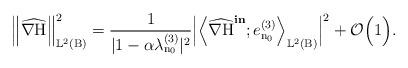
LaTeX: \begin{align*}\Big\Vert \widehat{\nabla\mathrm{H}}\Big\Vert^2_{\mathbb{L}^2(\mathrm{B})} = \dfrac{1}{ |1 - \alpha\lambda^{(3)}_{\mathrm{n}_{0}}|^2}\Big|\Big\langle \widehat{\nabla \mathrm{H}}^{\textbf{in}};e^{(3)}_{\mathrm{n}_{0}}\Big\rangle_{\mathbb{L}^{2}(\mathrm{B})}\Big|^2 + \mathcal{O}\Big(1\Big).\end{align*}